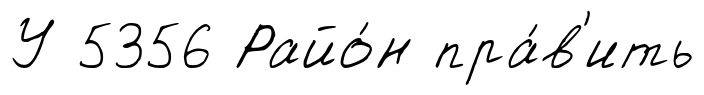
У 5356 Райо́н пра́в'ить